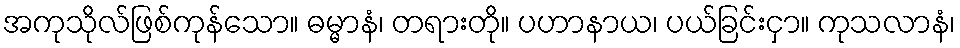
အကုသိုလ်ဖြစ်ကုန်သော။ ဓမ္မာနံ၊ တရားတို။ ပဟာနာယ၊ ပယ်ခြင်းငှာ။ ကုသလာနံ၊